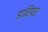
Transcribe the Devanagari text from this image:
डारिपर